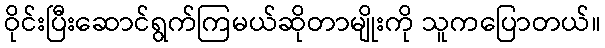
ဝိုင်းပြီးဆောင်ရွက်ကြမယ်ဆိုတာမျိုးကို သူကပြောတယ်။